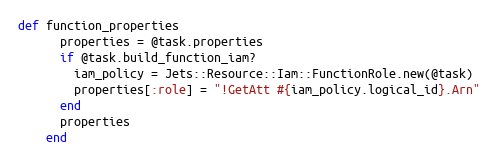
Language: Ruby
def function_properties
      properties = @task.properties
      if @task.build_function_iam?
        iam_policy = Jets::Resource::Iam::FunctionRole.new(@task)
        properties[:role] = "!GetAtt #{iam_policy.logical_id}.Arn"
      end
      properties
    end